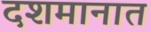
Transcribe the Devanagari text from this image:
दशमानात